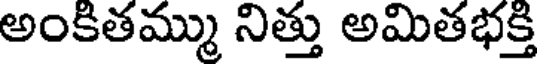
అంకితమ్ము నిత్తు అమితభక్తి